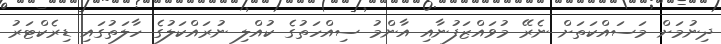
ދިނުމަށް މަސައްކަތަށް ނެރޭ މުވައްޒަފުނާއި އާންމު ސިއްހަތުގެ ކުއްލި ނުރައްކަލުގެ ހާލަތުގައި ޑިރެކްޓަރު